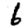
Digit: 6